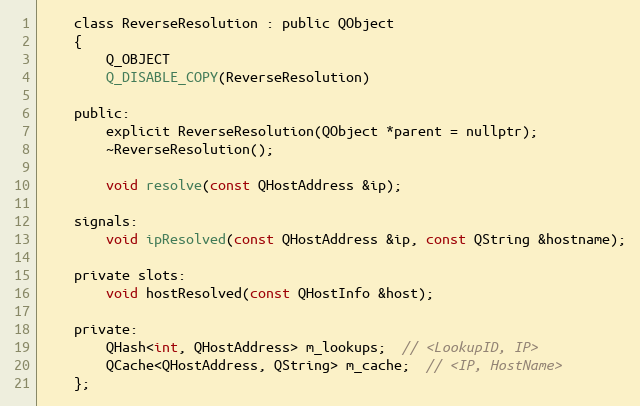
Language: C
    class ReverseResolution : public QObject
    {
        Q_OBJECT
        Q_DISABLE_COPY(ReverseResolution)

    public:
        explicit ReverseResolution(QObject *parent = nullptr);
        ~ReverseResolution();

        void resolve(const QHostAddress &ip);

    signals:
        void ipResolved(const QHostAddress &ip, const QString &hostname);

    private slots:
        void hostResolved(const QHostInfo &host);

    private:
        QHash<int, QHostAddress> m_lookups;  // <LookupID, IP>
        QCache<QHostAddress, QString> m_cache;  // <IP, HostName>
    };